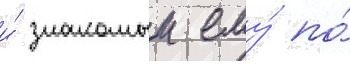
и́ знакомыи ему́ по́